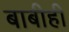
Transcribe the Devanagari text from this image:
बाबीही